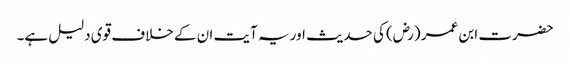
حضرت ابن عمر (رض) کی حدیث اور یہ آیت ان کے خلاف قوی دلیل ہے۔